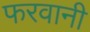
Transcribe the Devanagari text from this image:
फरवानी